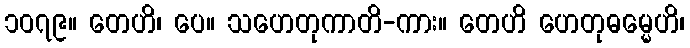
၁၀၇၉။ တေဟိ၊ ပေ။ သဟေတုကာတိ-ကား။ တေဟိ ဟေတုဓမ္မေဟိ၊